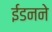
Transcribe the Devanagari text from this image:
ईडनने